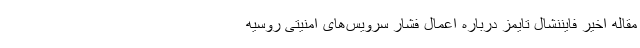
مقاله اخیر فایننشال تایمز درباره اعمال فشار سرویس‌های امنیتی روسیه